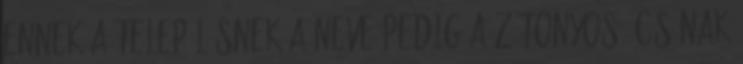
Ennek a településnek a neve pedig a zátonyos, csónak